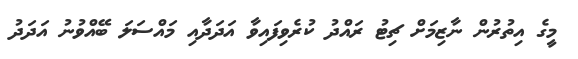
މީގެ އިތުރުން ނާޒިމަށް ޗިޓު ރައްދު ކުރެވިފައިވާ އަދަދާއި މައްސަލަ ބޭއްވުނު އަދަދު